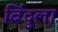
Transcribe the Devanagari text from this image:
बिंदुला